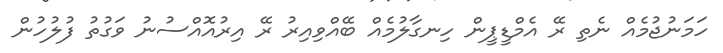
ހަމަނުޖުމެއް ނެތި ރޭ އެމްޑީޕީން ހިނގާލުމެއް ބޭއްވިއިރު ރޭ އިރުއޮއްސުނު ވަގުތު ފުލުހުން